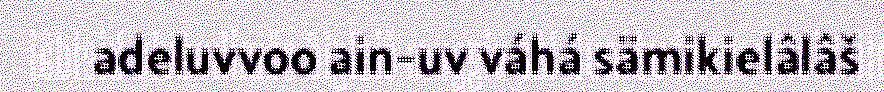
adeluvvoo ain-uv váhá sämikielâlâš